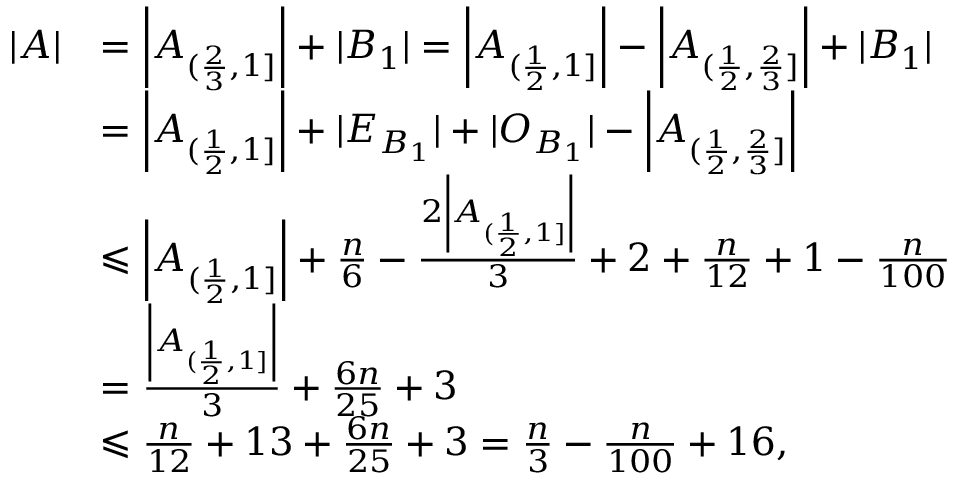
\begin{array} { r l } { | A | } & { = \left| A _ { ( \frac { 2 } { 3 } , 1 ] } \right| + | B _ { 1 } | = \left| A _ { ( \frac { 1 } { 2 } , 1 ] } \right| - \left| A _ { ( \frac { 1 } { 2 } , \frac { 2 } { 3 } ] } \right| + | B _ { 1 } | } \\ & { = \left| A _ { ( \frac { 1 } { 2 } , 1 ] } \right| + | E _ { B _ { 1 } } | + | O _ { B _ { 1 } } | - \left| A _ { ( \frac { 1 } { 2 } , \frac { 2 } { 3 } ] } \right| } \\ & { \leqslant \left| A _ { ( \frac { 1 } { 2 } , 1 ] } \right| + \frac { n } { 6 } - \frac { 2 \left| A _ { ( \frac { 1 } { 2 } , 1 ] } \right| } { 3 } + 2 + \frac { n } { 1 2 } + 1 - \frac { n } { 1 0 0 } } \\ & { = \frac { \left| A _ { ( \frac { 1 } { 2 } , 1 ] } \right| } { 3 } + \frac { 6 n } { 2 5 } + 3 } \\ & { \leqslant \frac { n } { 1 2 } + 1 3 + \frac { 6 n } { 2 5 } + 3 = \frac { n } { 3 } - \frac { n } { 1 0 0 } + 1 6 , } \end{array}